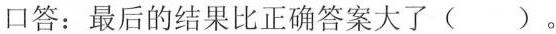
口答：最后的结果比正确答案大了( )。